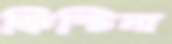
ক্রিস্টিনা